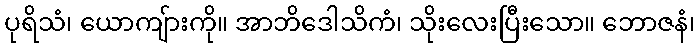
ပုရိသံ၊ ယောကျ်ားကို။ အာဘိဒေါသိကံ၊ သိုးလေးပြီးသော။ ဘောဇနံ၊